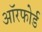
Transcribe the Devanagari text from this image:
ऑरफोर्ड